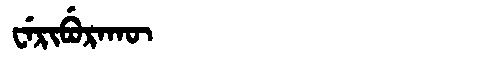
Manchu: ᠸᡝᡵᡳᠪᡠᡵᠠᡴᡡ
Romanization: WERIBURAKŪ